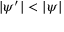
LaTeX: | \psi ^ { \prime } | < | \psi |